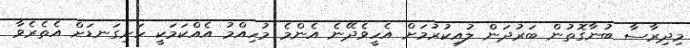
މިދިރާސާ ބުނާގޮތުން ބަރުދަން ލުއިކުރުމަށް އެހީވެދޭނެ އެންމެ މުހިއްމު އެއްކަމަކީ ހަށިގަނޑަށް އެތެރެވާ